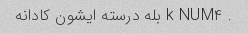
. k NUM۴ بله درسته ایشون کادانه